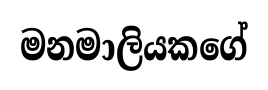
මනමාලියකගේ